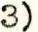
3)